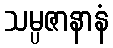
သမ္ပဇာနာနံ